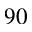
^ { 9 0 }